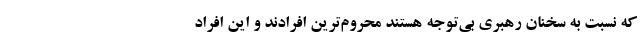
که نسبت به سخنان رهبری بی‌توجه هستند محروم‌ترین افرادند و این افراد